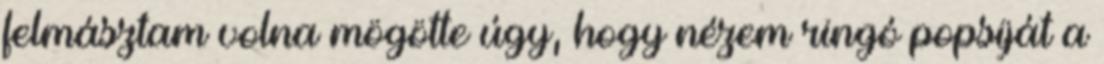
felmásztam volna mögötte úgy, hogy nézem ringó popsiját a